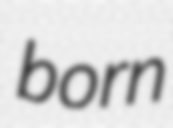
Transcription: born